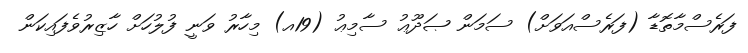
ފަރެސްމާތޮޑާ (ފަރެސްއަވަށް) ސަމަން ޞަދޫޢު ސާމިޢު (19އ) މިހާރު ވަނީ ފުލުހަށް ހާޒިރުވެފައިކަން